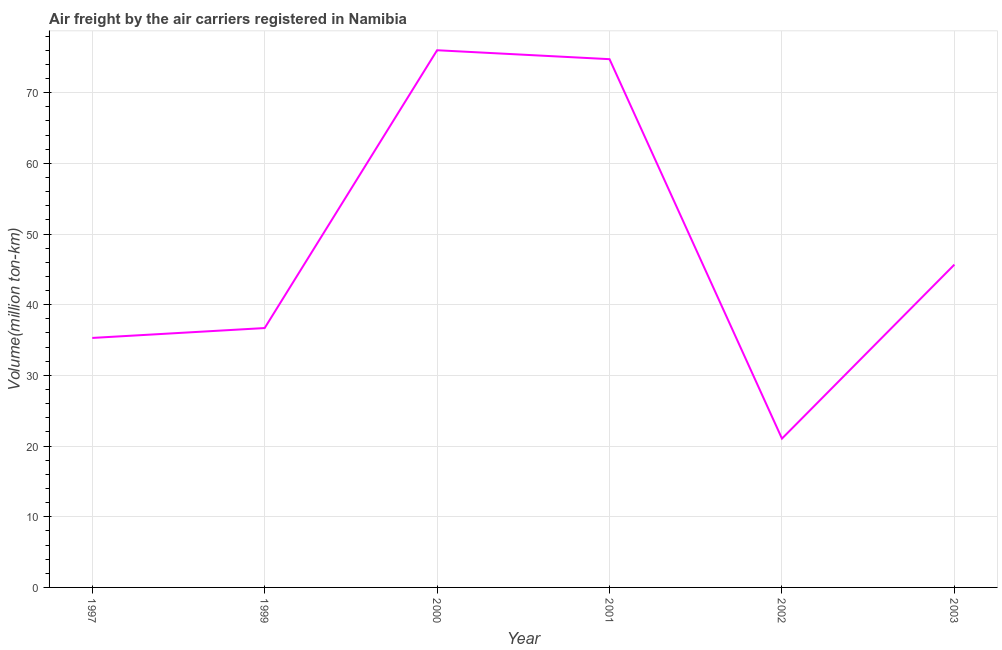
| Year | Air transport |
 | --- | --- |
 | 1997 | 35.3 |
 | 1999 | 36.7 |
 | 2000 | 76 |
 | 2001 | 74.7 |
 | 2002 | 21.1 |
 | 2003 | 45.7 |